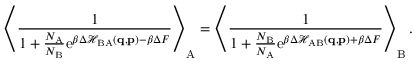
\left\langle \frac { 1 } { 1 + \frac { N _ { \mathrm { A } } } { N _ { \mathrm { B } } } \mathrm { e } ^ { \beta \Delta \mathcal { H } _ { \mathrm { B A } } ( \mathbf { q } , \mathbf { p } ) - \beta \Delta F } } \right\rangle _ { \mathrm { A } } = \left\langle \frac { 1 } { 1 + \frac { N _ { \mathrm { B } } } { N _ { \mathrm { A } } } \mathrm { e } ^ { \beta \Delta \mathcal { H } _ { \mathrm { A B } } ( \mathbf { q } , \mathbf { p } ) + \beta \Delta F } } \right\rangle _ { \mathrm { B } } .